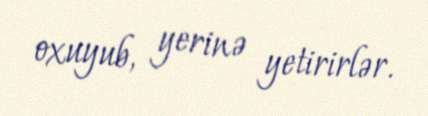
oxuyub, yerinə yetirirlər.